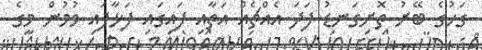
ގަހުގެ ބޭރު ތޮށިގަނޑު ފަދަ އެއްޗެއް އަތާއި ފައިގައި ފަޅާފައި ވުމުން މީގެ